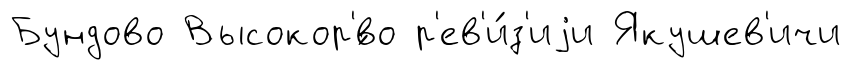
Бундово Высокор'́во р'ев'и́з'иjи Якушев'ичи